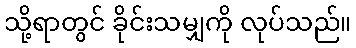
သို့ရာတွင် ခိုင်းသမျှကို လုပ်သည်။